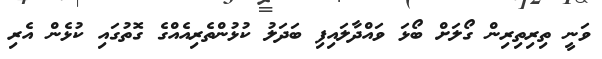
ވަނީ ތިރިތިރިން ގޯލަށް ބޯޅަ ވައްދާލައިފި ބަދަލު ކުޅުންތެރިއެއްގެ ގޮތުގައި ކުޅެން އެރި